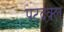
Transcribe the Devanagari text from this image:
पटदक्ल